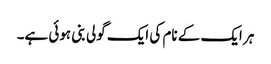
ہر ایک کے نام کی ایک گولی بنی ہوئی ہے۔